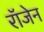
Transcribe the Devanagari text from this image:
रॉजेन